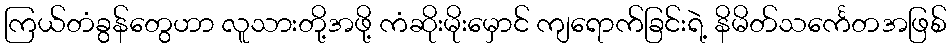
ကြယ်တံခွန်တွေဟာ လူသားတို့အဖို့ ကံဆိုးမိုးမှောင် ကျရောက်ခြင်းရဲ့ နိမိတ်သင်္ကေတအဖြစ်